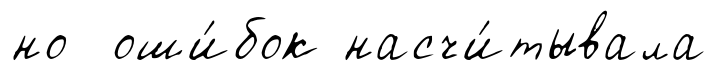
но оши́бок насчи́тывала